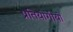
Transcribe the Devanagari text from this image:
प्रतियोगीयों